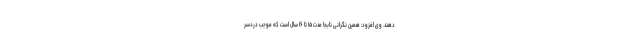
دهند. وی افزود: همین نگرانی نابجا مدت ۱۵ تا ۱۶ سال است که موجب دردسر